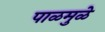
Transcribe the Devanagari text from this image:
पाळमुळे